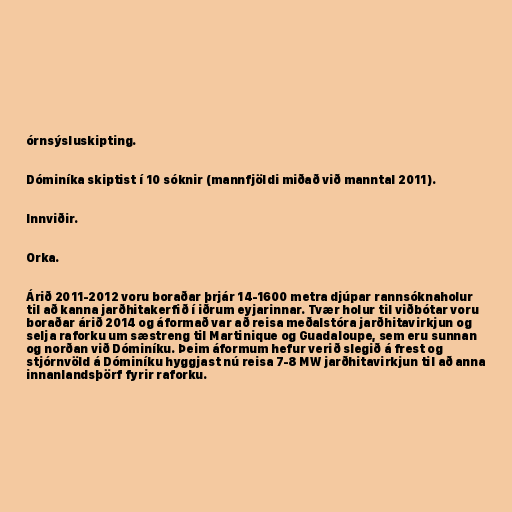
órnsýsluskipting.

Dóminíka skiptist í 10 sóknir (mannfjöldi miðað við manntal 2011).

Innviðir.

Orka.

Árið 2011-2012 voru boraðar þrjár 14-1600 metra djúpar rannsóknaholur
til að kanna jarðhitakerfið í iðrum eyjarinnar. Tvær holur til viðbótar voru
boraðar árið 2014 og áformað var að reisa meðalstóra jarðhitavirkjun og
selja raforku um sæstreng til Martinique og Guadaloupe, sem eru sunnan
og norðan við Dóminíku. Þeim áformum hefur verið slegið á frest og
stjórnvöld á Dóminíku hyggjast nú reisa 7-8 MW jarðhitavirkjun til að anna
innanlandsþörf fyrir raforku.